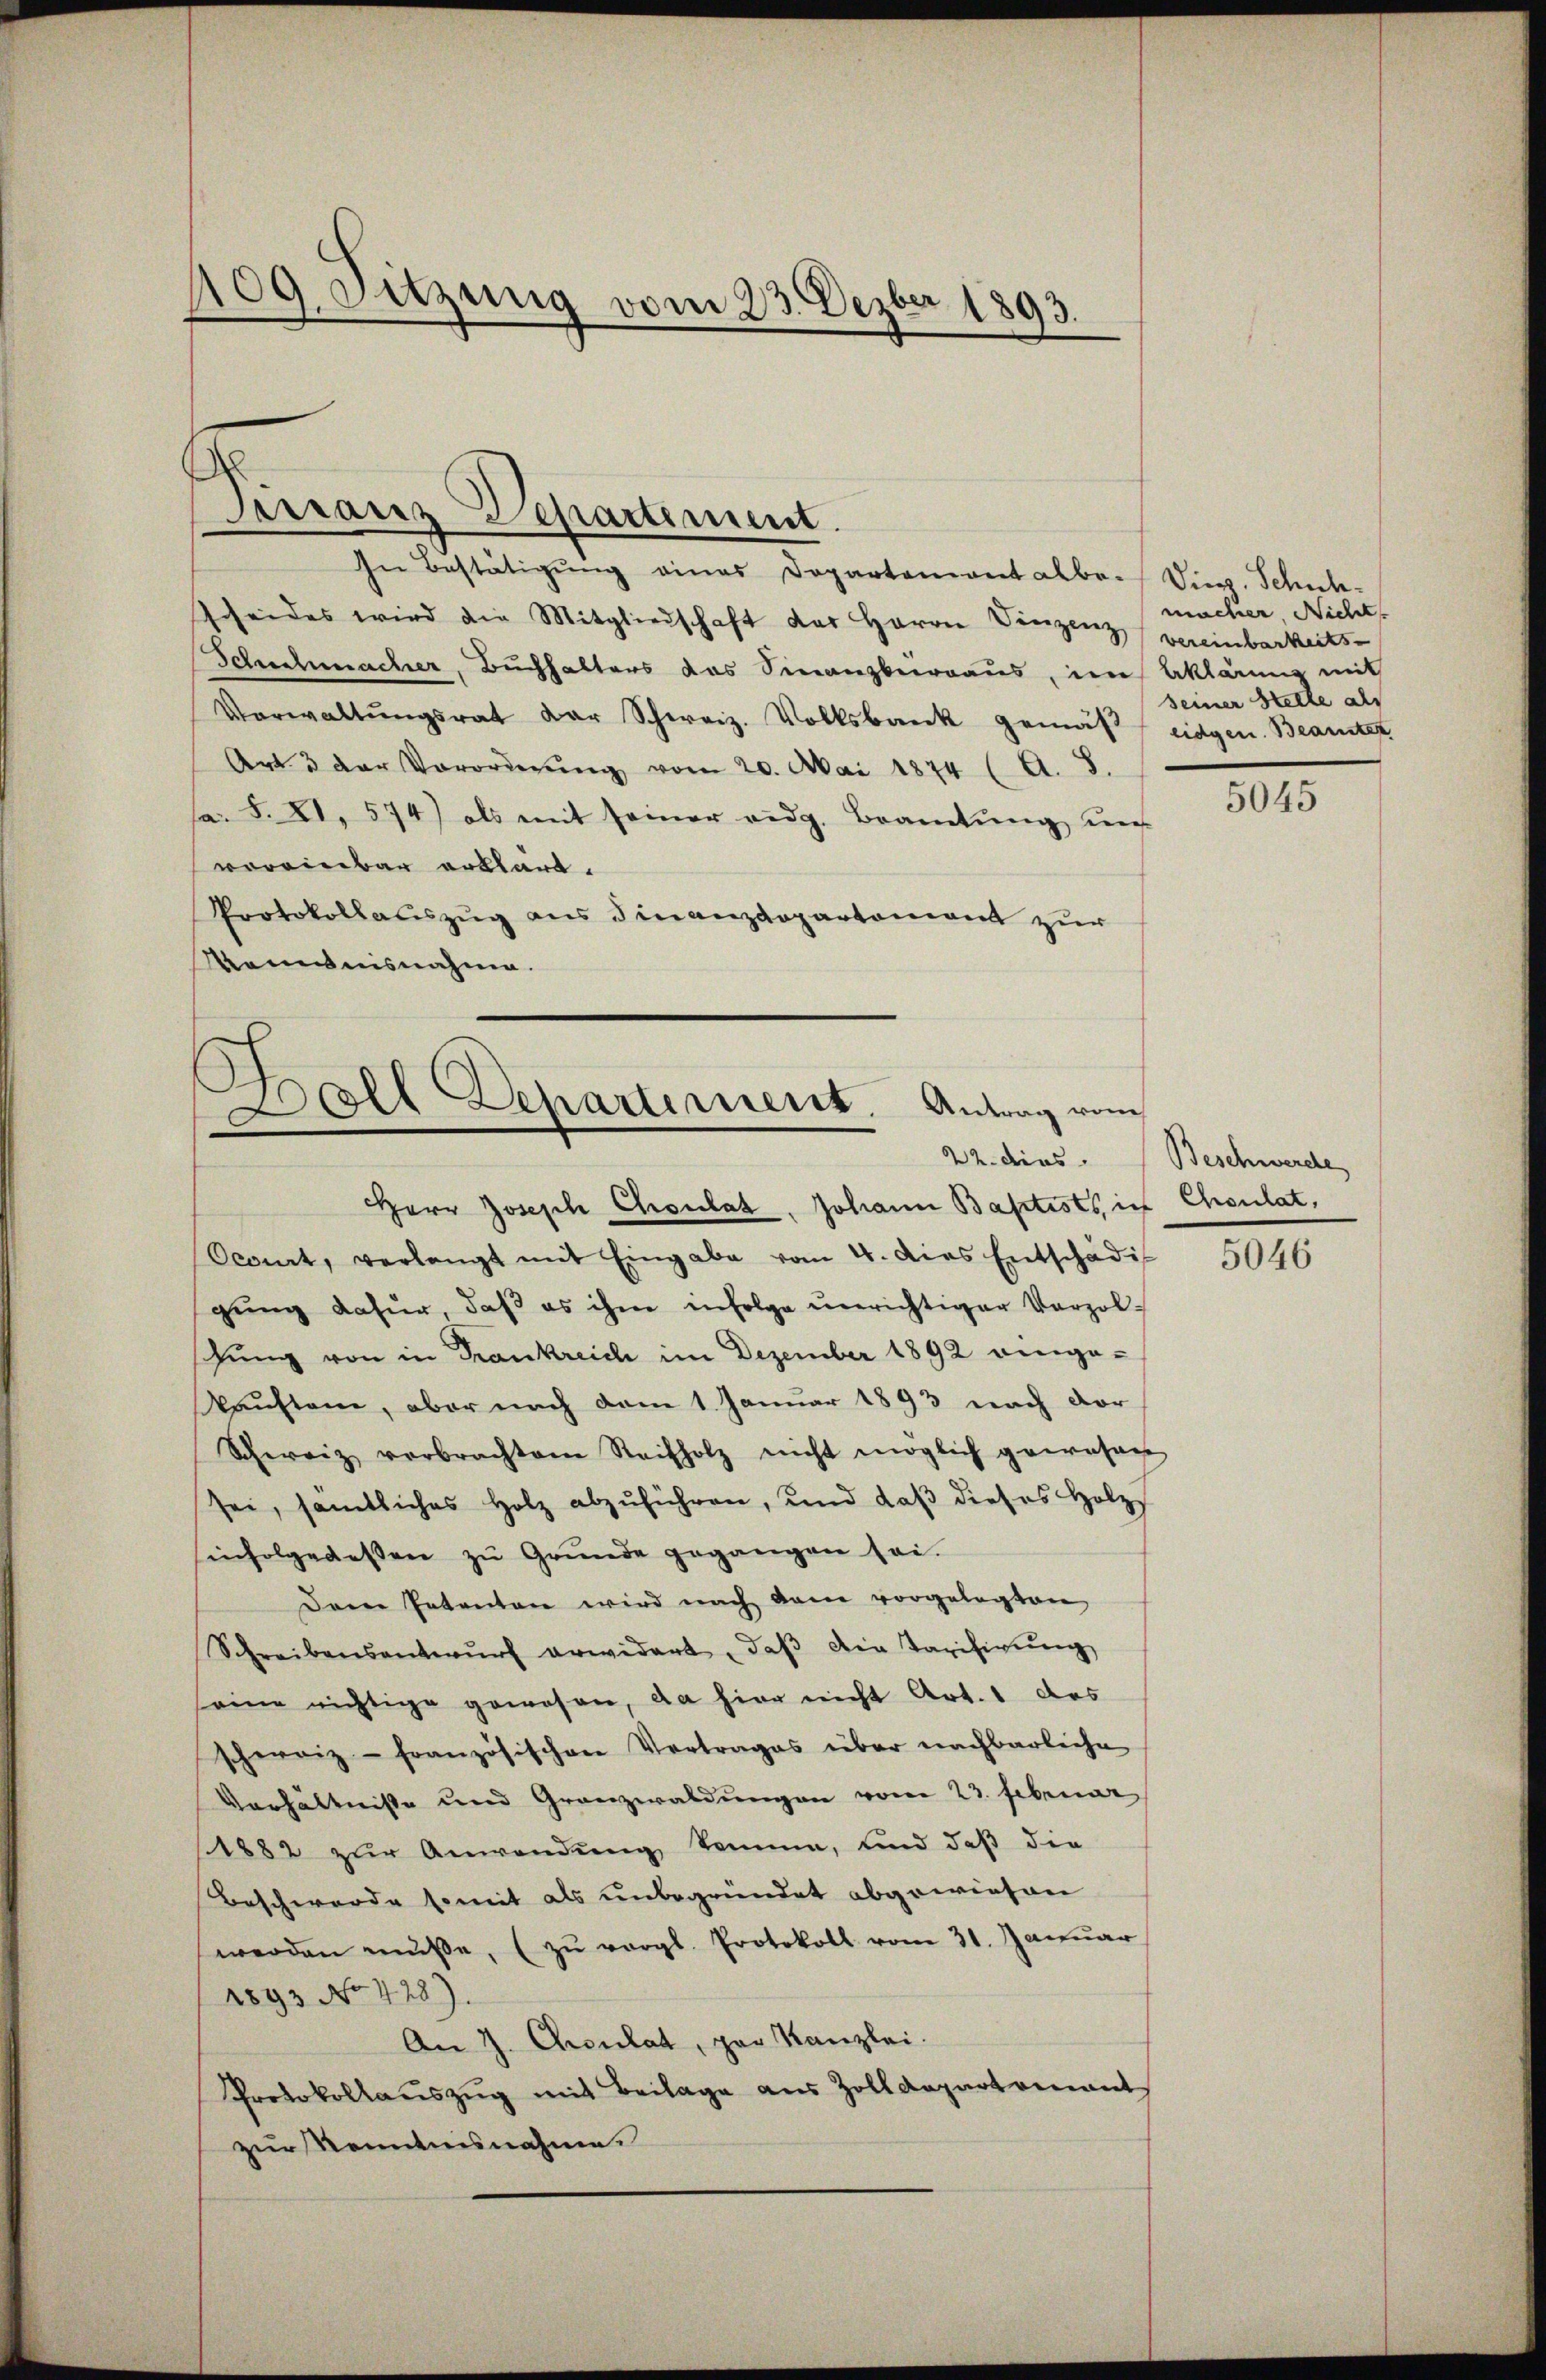
109. Sitzung vom 23. Dezber 1893.

Tirranz Departement.

In Bestätigŭng eines Departament albo. Die. Schich-
scheides wird die Mitgliedschaft das Herrn Vinzenz vereinbarkeits
Schschmacher, Buchhalters das Finanzberraus, im Aklärung mit
Verwaltŭngsrat der Schweiz. Volksbank gemäß eidgen. Beamte
Art. 3 der Verordnŭng vom 20. Mai 1874 (A. 8.
a. S. XI. 574) als mit seiner eidg. Beamtŭng uns
voreinbar erklärt.
Protokollauszug aus Finanzdepartement zur
Wemmnisnahme.

Ball Departement. Antrag vom

Herr Joseph Choulat, Johann Baptists in Choulat,
Ocourt, verlangt mit Eingabe vom 4. dies Entschädi
gŭng dafür, daβ es ihm infolge unrichtiger Vorzol-
schung von in Trankreich im Dezember 1892 eingekauften, aber nach dem 1. Januar 1893 nach der
Schweiz verbrachten Steifholz nicht möglich gewesen
sei, sämtliches Holz abzŭführen, und daβ dieses Holzsinfolgewesen zŭ Grŭnde gegangen sei.
Dem Petenten wird nach dem vorgelegten
Schreibensantwŭrf erwidert, daβ die Tarifigŭng
seine nichtige gewesen, da hier nicht Art. 1 das
schweiz - französischen Vertrages über nachbarliche
Verhältnisse und Granzwaldungen vom 23. Februar
1882 zur Anwendung komme, und daß die
Beschwerde somit als unbegründet abgewiesen
werden müsse, (zŭ vergl. Protokoll vom 31. Januar
1893 No 428).
An J. Choulat, par Kanzlei.
Protokollauszug mit Beilage aus Zolldepartamant
zur Kenntnisnahme.

macher Nicht
seiner Stelle als

5045

22. dies. Beschwerde

5046